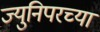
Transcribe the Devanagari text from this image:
ज्युनिपरच्या